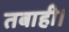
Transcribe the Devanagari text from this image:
तबाही।